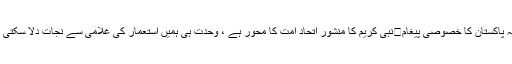
انقلاب اسلامی ایران کی سالگرہ کے موقع پر قائد ملت جعفریہ پاکستان کا خصوصی پیغام	نبی کریم کا منشور اتحاد امت کا محور ہے ، وحدت ہی ہمیں استعمار کی غلامی سے نجات دلا سکتی ہے، سبیل حسن مظاہری	Login	Register	Log in